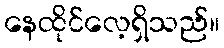
နေထိုင်လေ့ရှိသည်။